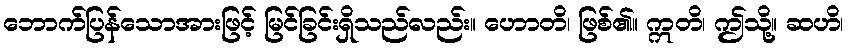
ဘောက်ပြန်သောအားဖြင့် မြင်ခြင်းရှိသည်လည်း။ ဟောတိ၊ ဖြစ်၏။ ဣတိ၊ ဤသို့။ ဆဟိ၊